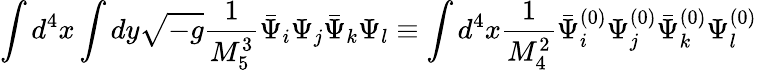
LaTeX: \int d^{4}x\int dy\sqrt{-g}\frac{1}{M_{5}^{3}}\bar{\Psi}_{i}\Psi_{j}\bar{\Psi}_{k}\Psi_{l}\equiv\int d^{4}x\frac{1}{M_{4}^{2}}\bar{\Psi}_{i}^{(0)}\Psi_{j}^{(0)}\bar{\Psi}_{k}^{(0)}\Psi_{l}^{(0)}